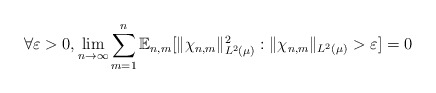
\begin{align*} \forall \varepsilon > 0, \lim_{n \to \infty} \sum_{m=1}^n \mathbb{E}_{n,m}[ \|\chi_{n,m} \|_{L^2(\mu)}^2 : \|\chi_{n,m} \|_{L^2(\mu)} > \varepsilon ] = 0 \end{align*}